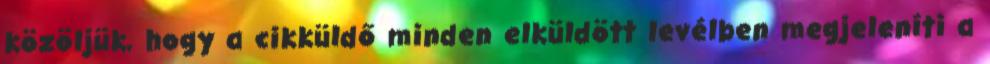
közöljük, hogy a cikküldő minden elküldött levélben megjeleníti a